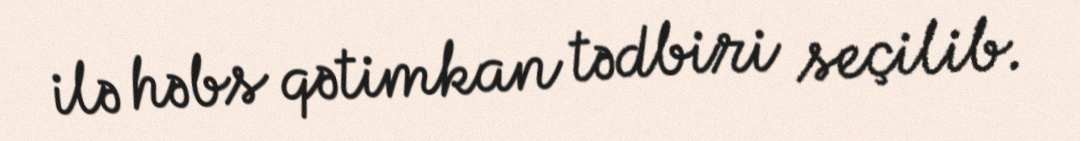
ilə həbs qətimkan tədbiri seçilib.